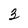
Character: 3